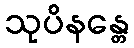
သုပိနန္တေ